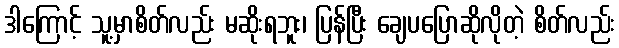
ဒါကြောင့် သူ့မှာစိတ်လည်း မဆိုးရဘူး၊ ပြန်ပြီး ချေပပြောဆိုလိုတဲ့ စိတ်လည်း